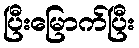
ပြီးမြောက်ပြီး